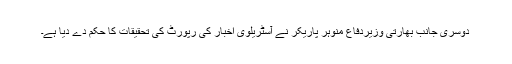
دوسری جانب بھارتی وزیردفاع منوہر پاریکر نے آسٹریلوی اخبار کی رپورٹ کی تحقیقات کا حکم دے دیا ہے۔